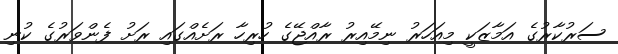
ސަރުކާރުގެ އަމާޒަކީ މިއަހަރު ނިމޭއިރު ރާއްޖޭގެ ހުރިހާ ރަށެއްގައި ރަށު ފެންވަރުގެ ކުނި